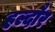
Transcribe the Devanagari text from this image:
हल्दौर